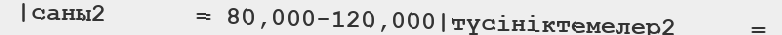
|саны2      = 80,000-120,000|түсініктемелер2     =